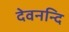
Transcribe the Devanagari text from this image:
देवनन्दि